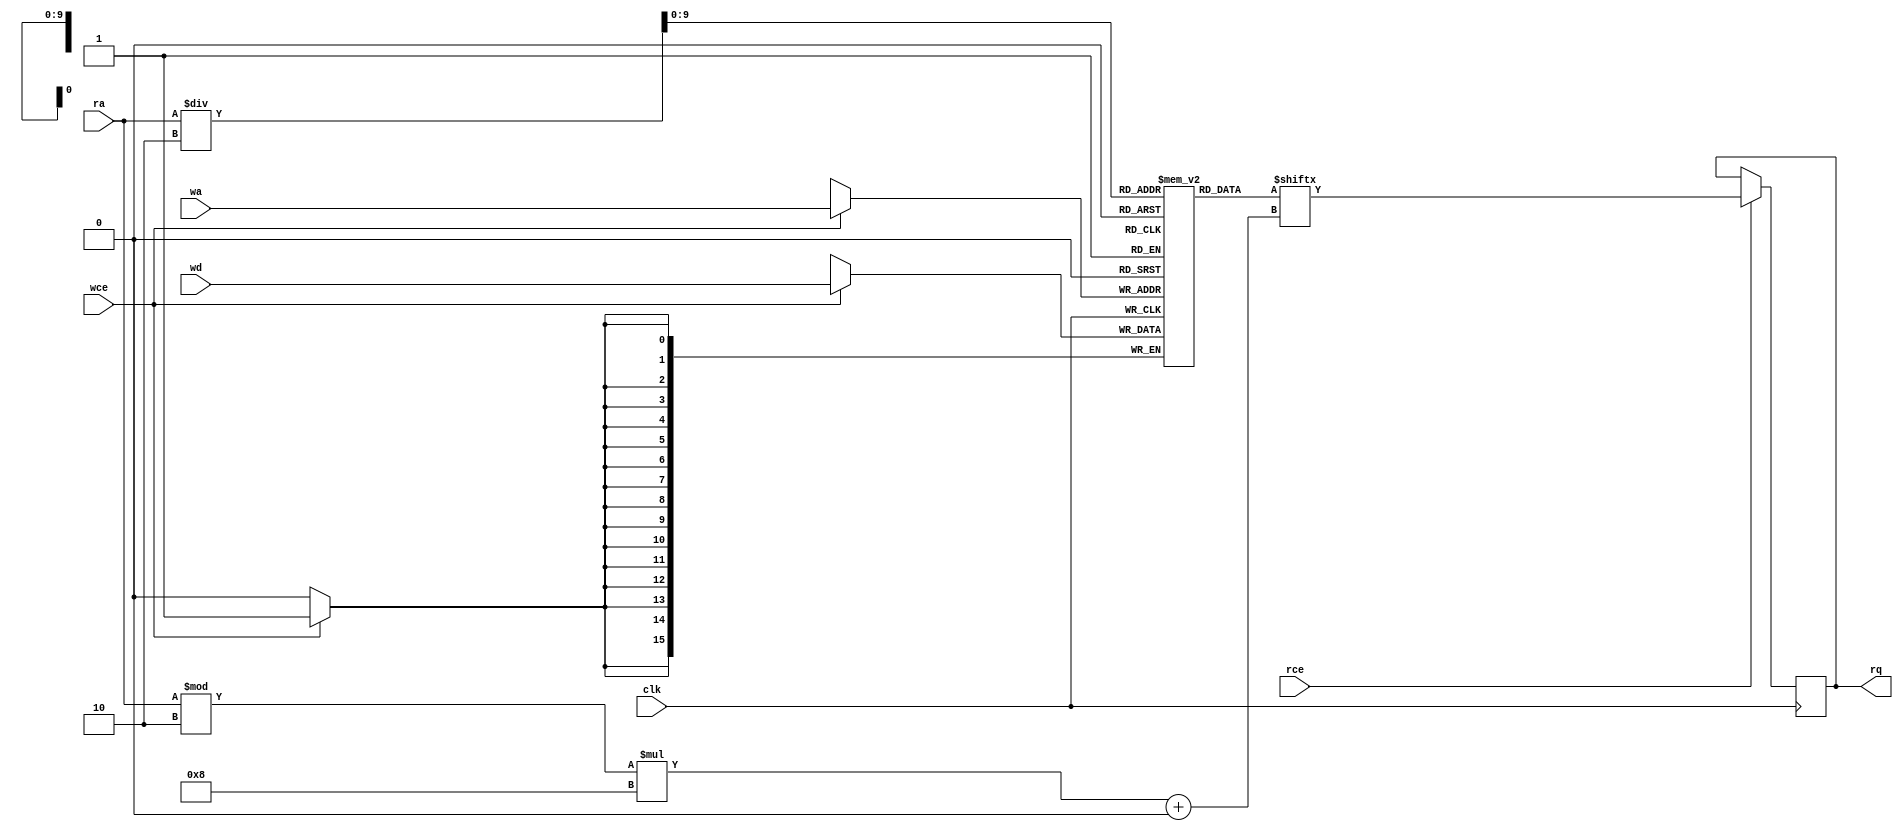
// Copyright (C) 2022 RapidSilicon
//

module spram_16x1024_8x2048 (
	clk,
	rce,
	ra,
	rq,
	wce,
	wa,
	wd
);
	input clk;
	input rce;
	input [10:0] ra;
	output reg [7:0] rq;
	input wce;
	input [9:0] wa;
	input [15:0] wd;
	reg [15:0] memory [0:1023];
	always @(posedge clk) begin
		if (rce)
			rq <= memory[ra / 2][(ra % 2) * 8+:8];
		if (wce)
			memory[wa] <= wd;
	end
	integer i;
	initial for (i = 0; i < 1024; i = i + 1)
		memory[i] = 0;
endmodule

module spram_16x2048_8x4096 (
	clk,
	rce,
	ra,
	rq,
	wce,
	wa,
	wd
);
	input clk;
	input rce;
	input [11:0] ra;
	output reg [7:0] rq;
	input wce;
	input [10:0] wa;
	input [15:0] wd;
	reg [15:0] memory [0:2047];
	always @(posedge clk) begin
		if (rce)
			rq <= memory[ra / 2][(ra % 2) * 8+:8];
		if (wce)
			memory[wa] <= wd;
	end
	integer i;
	initial for (i = 0; i < 2048; i = i + 1)
		memory[i] = 0;
endmodule

module spram_32x1024_16x2048 (
	clk,
	rce,
	ra,
	rq,
	wce,
	wa,
	wd
);
	input clk;
	input rce;
	input [10:0] ra;
	output reg [15:0] rq;
	input wce;
	input [9:0] wa;
	input [31:0] wd;
	reg [31:0] memory [0:1023];
	always @(posedge clk) begin
		if (rce)
			rq <= memory[ra / 2][(ra % 2) * 16+:16];
		if (wce)
			memory[wa] <= wd;
	end
	integer i;
	initial for (i = 0; i < 1024; i = i + 1)
		memory[i] = 0;
endmodule

module spram_32x1024_8x4096 (
	clk,
	rce,
	ra,
	rq,
	wce,
	wa,
	wd
);
	input clk;
	input rce;
	input [11:0] ra;
	output reg [7:0] rq;
	input wce;
	input [9:0] wa;
	input [31:0] wd;
	reg [31:0] memory [0:1023];
	always @(posedge clk) begin
		if (rce)
			rq <= memory[ra / 4][(ra % 4) * 8+:8];
		if (wce)
			memory[wa] <= wd;
	end
	integer i;
	initial for (i = 0; i < 1024; i = i + 1)
		memory[i] = 0;
endmodule